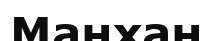
Манхан